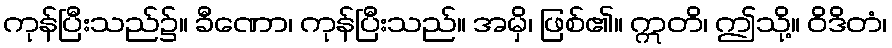
ကုန်ပြီးသည်၌။ ခီဏော၊ ကုန်ပြီးသည်။ အမှိ၊ ဖြစ်၏။ ဣတိ၊ ဤသို့။ ဝိဒိတံ၊